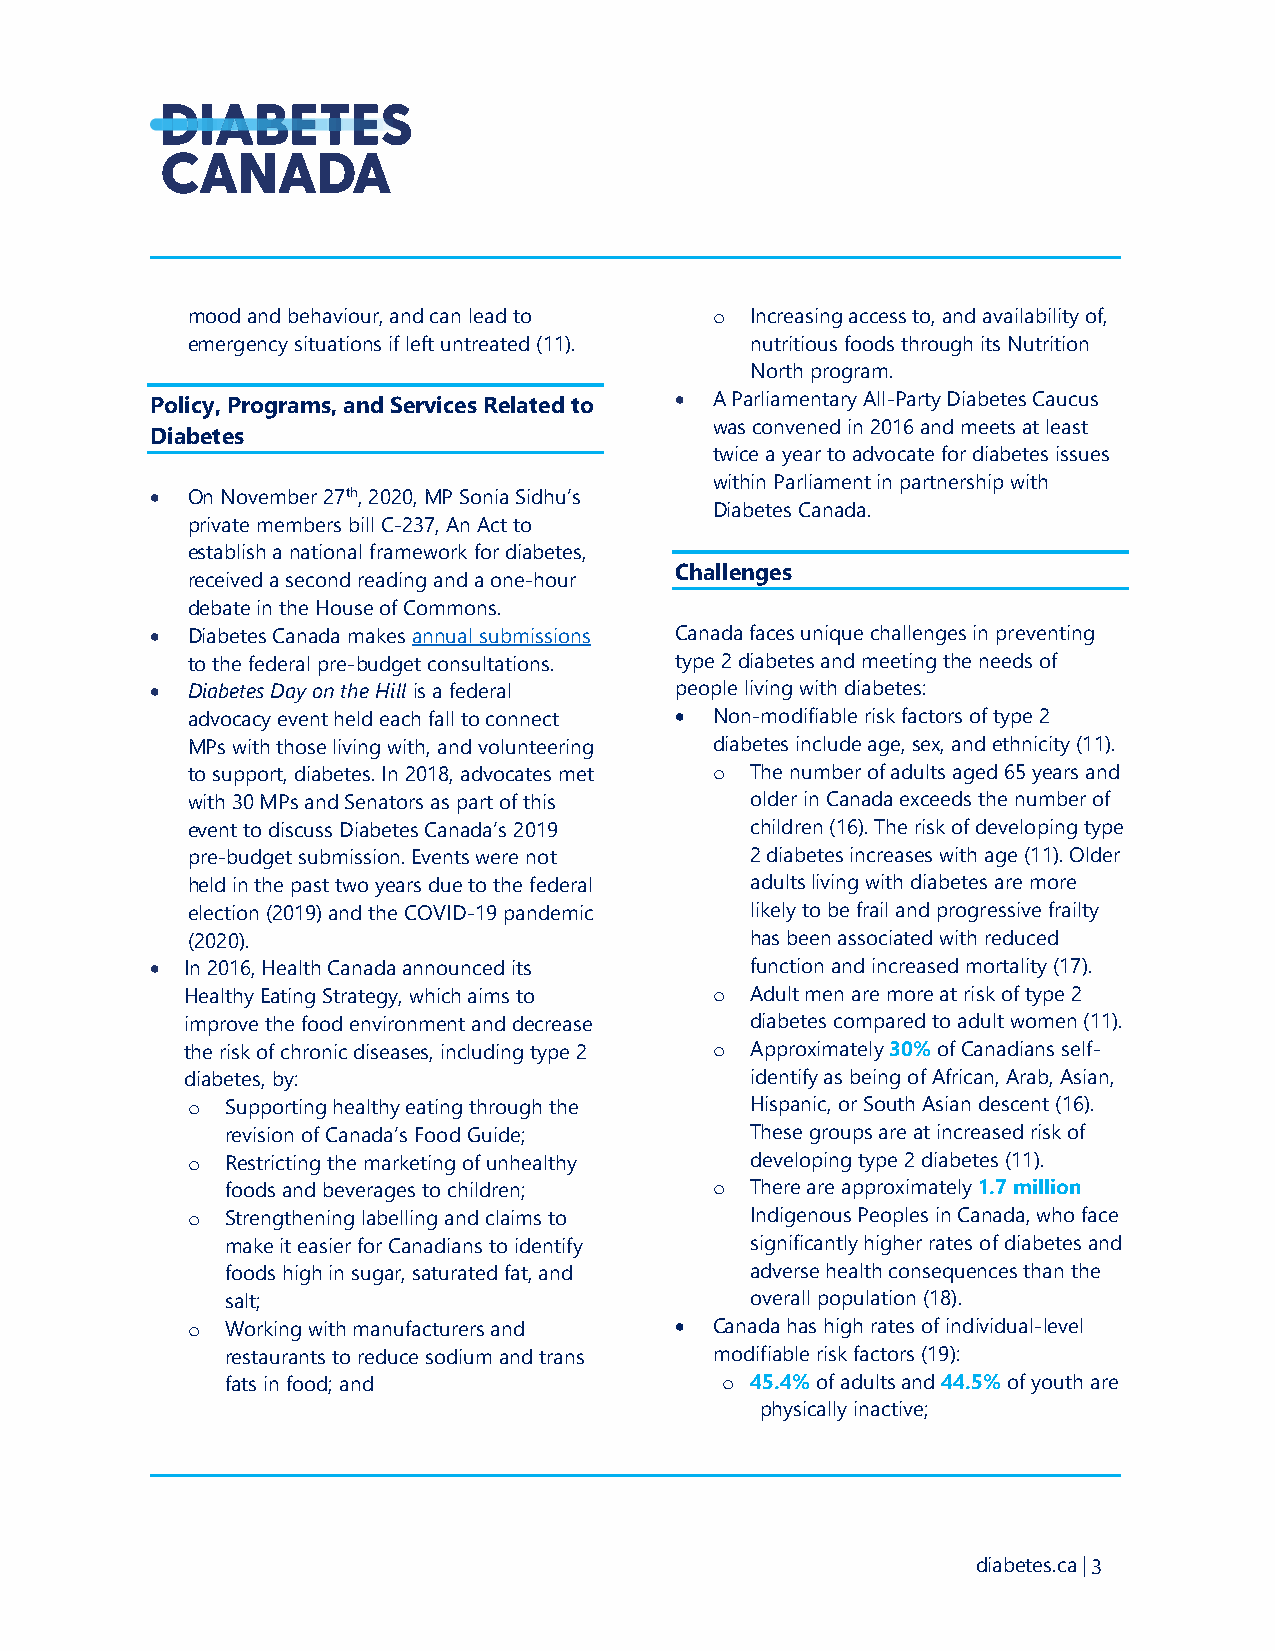
mood and behaviour, and can lead to o Increasing access to, and availability of,
 emergency situations if left untreated (11). nutritious foods through its Nutrition
 North program.
 Policy, Programs, and Services Related to • A Parliamentary All-Party Diabetes Caucus
 was convened in 2016 and meets at least
 Diabetes
 twice a year to advocate for diabetes issues
 within Parliament in partnership with
 • On November 27th, 2020, MP Sonia Sidhu’s
 Diabetes Canada.
 private members bill C-237, An Act to
 establish a national framework for diabetes,
 Challenges
 received a second reading and a one-hour
 debate in the House of Commons.
 • Diabetes Canada makes annual submissions Canada faces unique challenges in preventing
 to the federal pre-budget consultations. type 2 diabetes and meeting the needs of
 • Diabetes Day on the Hill is a federal people living with diabetes:
 advocacy event held each fall to connect • Non-modifiable risk factors of type 2
 MPs with those living with, and volunteering diabetes include age, sex, and ethnicity (11).
 to support, diabetes. In 2018, advocates met o The number of adults aged 65 years and
 with 30 MPs and Senators as part of this older in Canada exceeds the number of
 event to discuss Diabetes Canada’s 2019 children (16). The risk of developing type
 pre-budget submission. Events were not 2 diabetes increases with age (11). Older
 held in the past two years due to the federal adults living with diabetes are more
 election (2019) and the COVID-19 pandemic likely to be frail and progressive frailty
 (2020).                               has been associated with reduced
 • In 2016, Health Canada announced its  function and increased mortality (17).
 Healthy Eating Strategy, which aims to o Adult men are more at risk of type 2
 improve the food environment and decrease diabetes compared to adult women (11).
 the risk of chronic diseases, including type 2 o Approximately 30% of Canadians self-
 diabetes, by:                         identify as being of African, Arab, Asian,
 o  Supporting healthy eating through the Hispanic, or South Asian descent (16).
 revision of Canada’s Food Guide;   These groups are at increased risk of
 o  Restricting the marketing of unhealthy developing type 2 diabetes (11).
 foods and beverages to children; o There are approximately 1.7 million
 o  Strengthening labelling and claims to Indigenous Peoples in Canada, who face
 make it easier for Canadians to identify significantly higher rates of diabetes and
 foods high in sugar, saturated fat, and adverse health consequences than the
 salt;                              overall population (18).
 o  Working with manufacturers and • Canada has high rates of individual-level
 restaurants to reduce sodium and trans modifiable risk factors (19):
 fats in food; and                o 45.4% of adults and 44.5% of youth are
 physically inactive;
 diabetes.ca | 3